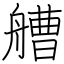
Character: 艚